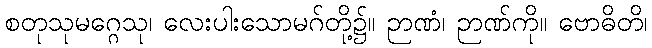
စတုသုမဂ္ဂေသု၊ လေးပါးသောမဂ်တို့၌။ ဉာဏံ၊ ဉာဏ်ကို။ ဗောဓိတိ၊